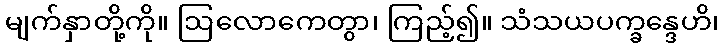
မျက်နှာတို့ကို။ ဩလောကေတွာ၊ ကြည့်၍။ သံသယပက္ခန္ဒေဟိ၊